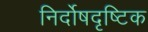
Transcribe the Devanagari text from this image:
निर्दोषदृष्टिक